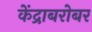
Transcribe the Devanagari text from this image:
केंद्राबरोबर